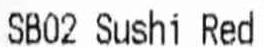
SB02 SUSHI RED